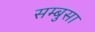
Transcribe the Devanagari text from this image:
सम्बुसा